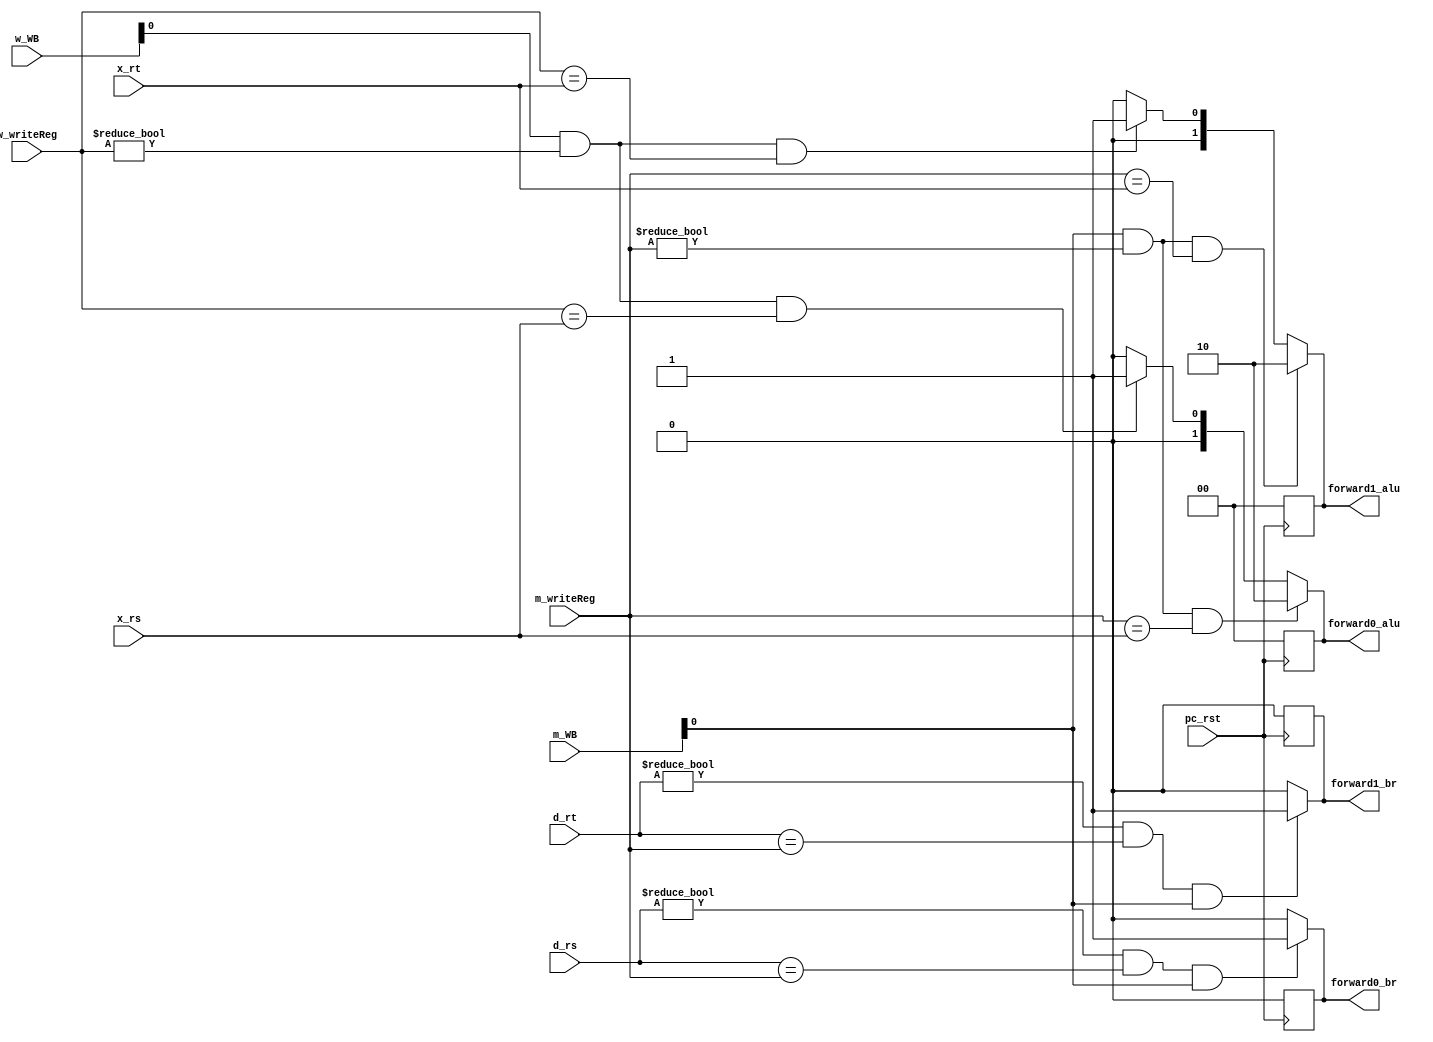
/*
 * Taylor Skilling
 * Will Johnson
 * 12/14/2016
 * EECE 3324
 *
 * Hazard Detection Unit 
 */


module ForwardingUnit(pc_rst, d_rs, d_rt, x_rs, x_rt, 
		       m_writeReg, w_writeReg, m_WB, w_WB, 
		       forward0_br, forward1_br, forward0_alu, forward1_alu);
   input pc_rst;
   input [4:0] d_rs, d_rt, x_rs, x_rt, m_writeReg, w_writeReg;
   input [1:0] m_WB, w_WB;
   output reg [1:0] forward0_alu, forward1_alu;
   output reg forward0_br, forward1_br;
   wire m_RW, w_RW;
      
  always@(posedge pc_rst)
  begin
     forward0_br = 1'b0;
     forward1_br = 1'b0;
     forward0_alu = 2'b00;
     forward1_alu = 2'b00;
  end
  
  assign m_RW = m_WB[0];
  assign w_RW = w_WB[0];
   
  always @ (x_rs or x_rt or m_RW or w_RW)
    begin
        forward0_br = 0;
        forward1_br = 0;
        forward0_alu = 0; 
        forward1_alu = 0;

        if ( (d_rs != 5'b0) && (d_rs == m_writeReg) && m_RW )
          forward0_br = 1'b1;
        if ( (d_rt != 5'b0) && (d_rt == m_writeReg) && m_RW )
          forward1_br = 1'b1;
       
        if (m_RW && (m_writeReg!=5'b0) && (m_writeReg == x_rs))
          forward0_alu <= 2'b10; 
        else if (w_RW && (w_writeReg!=5'b0) && (w_writeReg == x_rs))
          forward0_alu <= 2'b01;
        
        if (m_RW && (m_writeReg!=5'b0) && (m_writeReg == x_rt))
          forward1_alu <= 2'b10;
        else if (w_RW && (w_writeReg!=5'b0) && (w_writeReg == x_rt))
          forward1_alu <= 2'b01; 
    end
endmodule